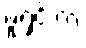
ဖူရှင်းက